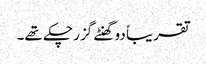
تقریباً دو گھنٹے گزر چکے تھے۔